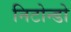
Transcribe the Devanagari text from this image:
निटोन्डो